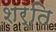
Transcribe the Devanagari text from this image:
शर्ति